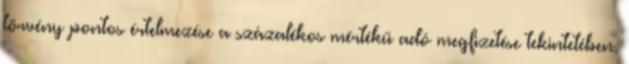
törvény pontos értelmezése a százalékos mértékű adó megfizetése tekintetében.